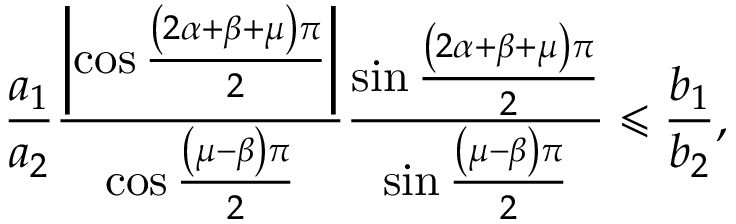
\frac { a _ { 1 } } { a _ { 2 } } \frac { \left\vert \cos \frac { \left( 2 \alpha + \beta + \mu \right) \pi } { 2 } \right\vert } { \cos \frac { \left( \mu - \beta \right) \pi } { 2 } } \frac { \sin \frac { \left( 2 \alpha + \beta + \mu \right) \pi } { 2 } } { \sin \frac { \left( \mu - \beta \right) \pi } { 2 } } \leqslant \frac { b _ { 1 } } { b _ { 2 } } ,